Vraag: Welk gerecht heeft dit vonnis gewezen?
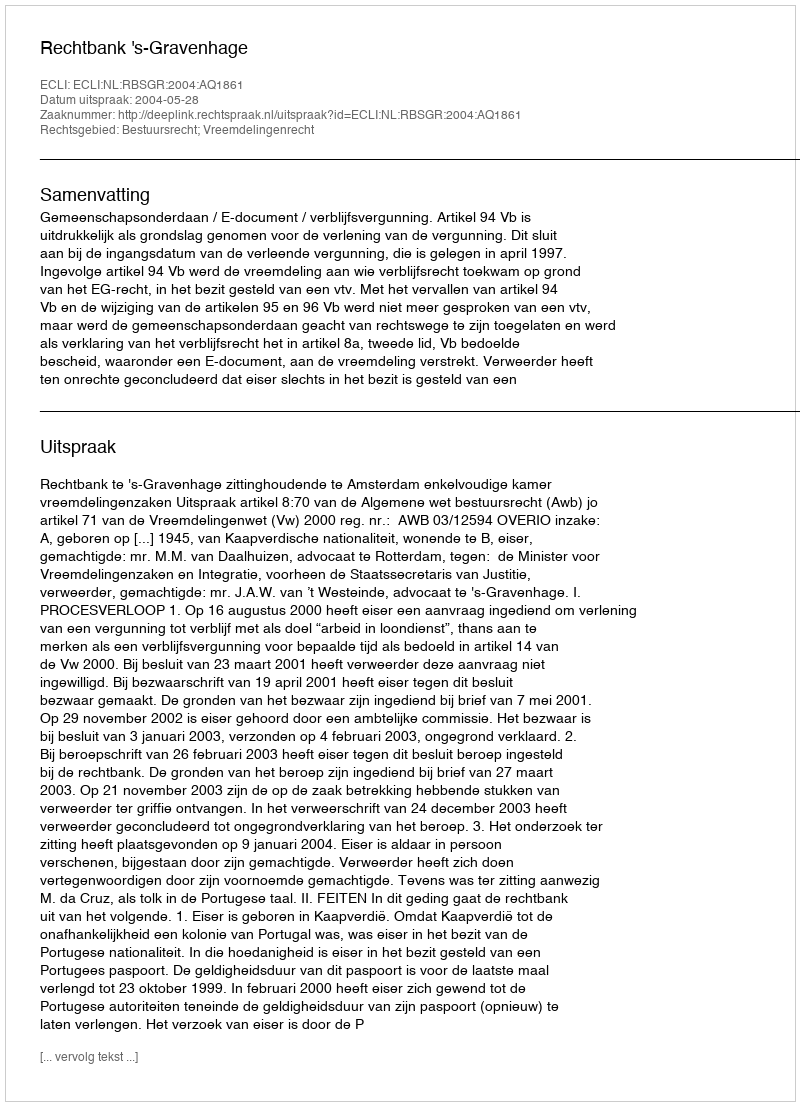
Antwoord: Rechtbank 's-Gravenhage